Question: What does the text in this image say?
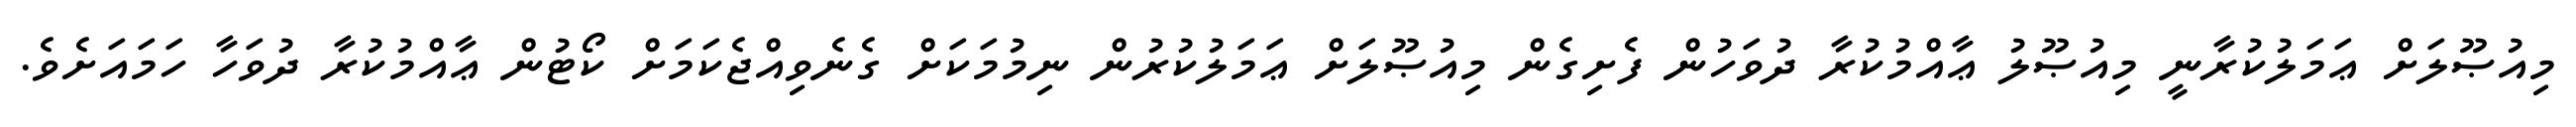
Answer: މިއުޞޫލަށް ޢަމަލުކުރާނީ މިއުޞޫލު ޢާއްމުކުރާ ދުވަހުން ފެށިގެން މިއުޞޫލަށް ޢަމަލުކުރުން ނިމުމަކަށް ގެނެވިއްޖެކަމަށް ކޯޓުން ޢާއްމުކުރާ ދުވަހާ ހަމައަށެވެ.